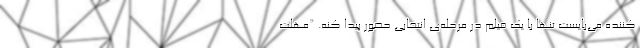
کننده می‌بایست تنها با یک فیلم در مرحله‌ی انتخابی حضور پیدا کنه. *مهلت